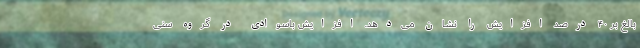
بالغ بر ۴۰ درصد افزایش را نشان می‌دهد. افزایش باسوادی در گروه سنی